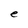
Character: e